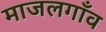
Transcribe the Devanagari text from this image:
माजलगाँव